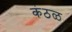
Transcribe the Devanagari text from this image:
कंठळ